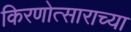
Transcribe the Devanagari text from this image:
किरणोत्साराच्या